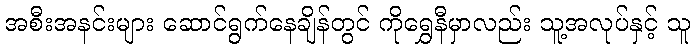
အစီးအနင်းများ ဆောင်ရွက်နေချိန်တွင် ကိုရွှေနီမှာလည်း သူ့အလုပ်နှင့် သူ